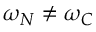
\omega _ { N } \neq \omega _ { C }